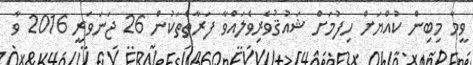
ވީމާ މިބިން ކުއްޔަށް ހިފުމަށް ޝައުޤުވެރިވެލައްވާ ފަރާތްތަކުން 26 ޖަނަވަރީ 2016 ވާ